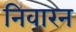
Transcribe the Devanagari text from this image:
निवारन